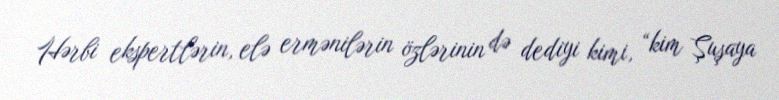
Hərbi ekspertlərin, elə ermənilərin özlərinin də dediyi kimi, “kim Şuşaya